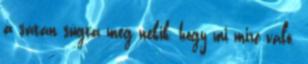
a sátán súgta meg nekik, hogy mi mire való.